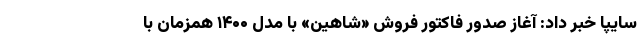
سایپا خبر داد: آغاز صدور فاکتور فروش «شاهین» با مدل ۱۴۰۰ همزمان با